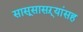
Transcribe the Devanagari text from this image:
सासूसासऱ्यांसह